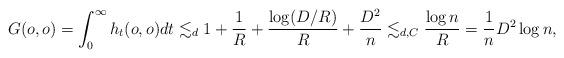
LaTeX: \begin{align*} G(o,o) = \int_0^{\infty} h_t(o,o) dt \lesssim_d 1+ \frac{1}{R} + \frac{\log(D/R)}{R} + \frac{D^2}{n} \lesssim_{d,C} \frac{\log n}{R} = \frac{1}{n} D^2\log n, \end{align*}